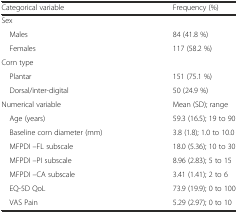
| Categorical variable | Frequency (%) |
 | --- | --- |
 | Sex |  |
 | Males | 84 (41.8 %) |
 | Females | 117 (58.2 %) |
 | Corn type |  |
 | Plantar | 151 (75.1 %) |
 | Dorsal/inter-digital | 50 (24.9 %) |
 | Numerical variable | Mean (SD); range |
 | Age (years) | 59.3 (16.5); 19 to 90 |
 | Baseline corn diameter (mm) | 3.8 (1.8); 1.0 to 10.0 |
 | MFPDI –FL subscale | 18.0 (5.36); 10 to 30 |
 | MFPDI –PI subscale | 8.96 (2.83); 5 to 15 |
 | MFPDI –CA subscale | 3.41 (1.41); 2 to 6 |
 | EQ-5D QoL | 73.9 (19.9); 0 to 100 |
 | VAS Pain | 5.29 (2.97); 0 to 10 |